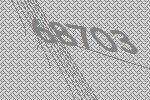
68703